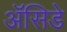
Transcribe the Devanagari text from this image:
ॲसिडे